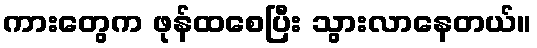
ကားတွေက ဖုန်ထစေပြီး သွားလာနေတယ်။